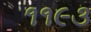
૧૧૯૩